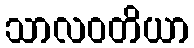
သာလဝတိယာ